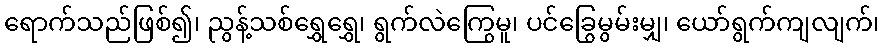
ရောက်သည်ဖြစ်၍၊ ညွန့်သစ်ရွှေရွှေ၊ ရွက်လဲကြွေမူ၊ ပင်ခြွေမွမ်းမျှ၊ ယော်ရွက်ကျလျက်၊